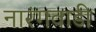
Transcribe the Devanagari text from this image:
नारंगवाडी